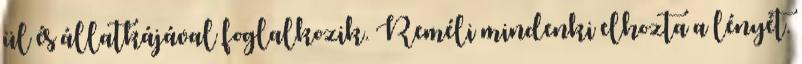
ül és állatkájával foglalkozik. Reméli mindenki elhozta a lényét.